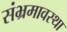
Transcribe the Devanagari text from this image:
संभ्रमावस्था